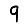
Digit: 9